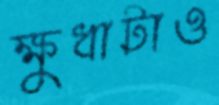
ক্ষুধাটাও